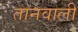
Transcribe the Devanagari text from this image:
तानवाली